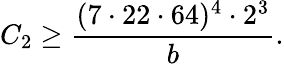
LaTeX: C_{2}\geq\frac{(7\cdot 22\cdot 64)^{4}\cdot 2^{3}}{b}.